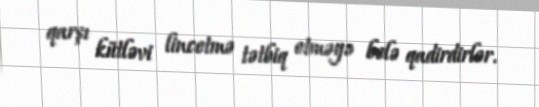
qarşı kütləvi lincetmə tətbiq etməyə belə qadirdirlər.